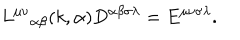
{ L ^ { \mu \nu } } _ { \alpha \beta } ( k , \alpha ) D ^ { \alpha \beta \sigma \lambda } = E ^ { \mu \nu \sigma \lambda } .